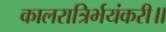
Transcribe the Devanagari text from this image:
कालरात्रिर्भयंकरी॥